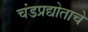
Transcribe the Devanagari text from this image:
चंडप्रद्योताचे